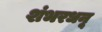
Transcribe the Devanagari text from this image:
शंभरधनू